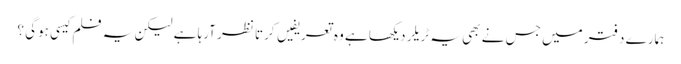
ہمارے دفتر میں جس نے بھی یہ ٹریلر دیکھا ہے وہ تعریفیں کرتا نظر آرہا ہے لیکن یہ فلم کیسی ہوگی ؟